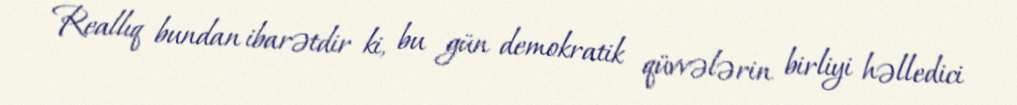
Reallıq bundan ibarətdir ki, bu gün demokratik qüvvələrin birliyi həlledici